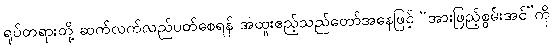
ရုပ်တရားတို့ ဆက်လက်လည်ပတ်စေရန် အထူးဧည့်သည်တော်အနေဖြင့် “အားဖြည့်စွမ်းအင်”ကို